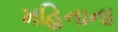
મહિનાના